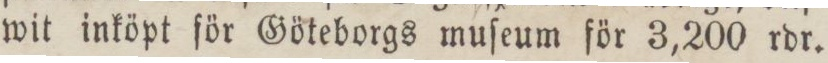
wit inköpt för Göteborgs muſeum för 3,200 rdr.